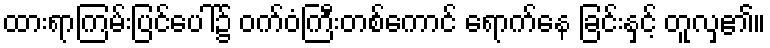
ထားရာကြမ်းပြင်ပေါ်၌ ဝက်ဝံကြီးတစ်ကောင် ရောက်နေ ခြင်းနှင့် တူလှ၏။